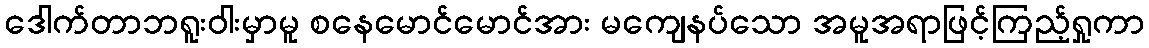
ဒေါက်တာဘရူးဝါးမှာမူ စနေမောင်မောင်အား မကျေနပ်သော အမူအရာဖြင့်ကြည့်ရှုကာ